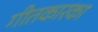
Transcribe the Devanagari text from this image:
गीतकारका